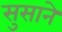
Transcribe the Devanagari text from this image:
सुसाने